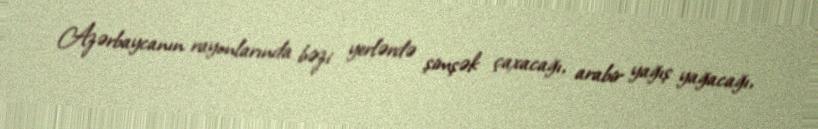
Azərbaycanın rayonlarında bəzi yerlərdə şimşək çaxacağı, arabir yağış yağacağı,